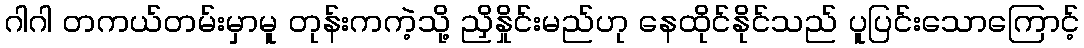
ဂါဂါ တကယ်တမ်းမှာမူ တုန်းကကဲ့သို့ ညှိနှိုင်းမည်ဟု နေထိုင်နိုင်သည် ပူပြင်းသောကြောင့်